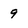
Character: 9